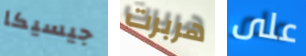
جيسيكا هربرت على